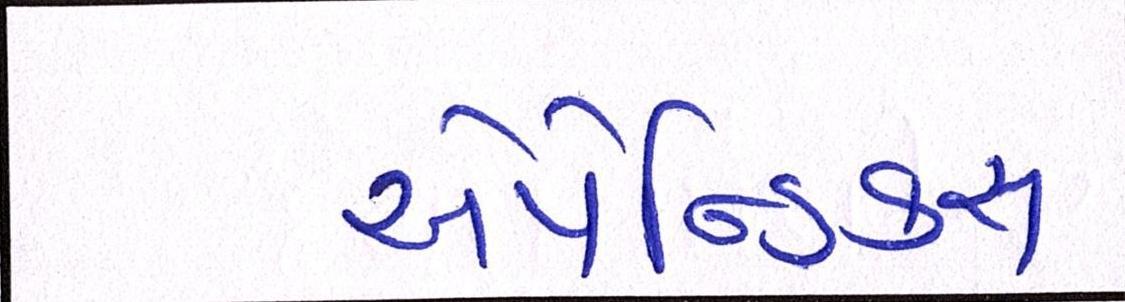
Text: એપેન્ડિક્સ